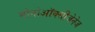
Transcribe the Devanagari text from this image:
मोनोऑक्सीजेनेज